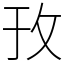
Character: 㪀